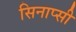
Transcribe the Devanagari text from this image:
सिनाप्सी